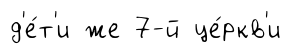
д'е́т'и же 7-й це́ркв'и